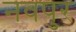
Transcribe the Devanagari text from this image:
नवपुर